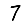
Digit: 7